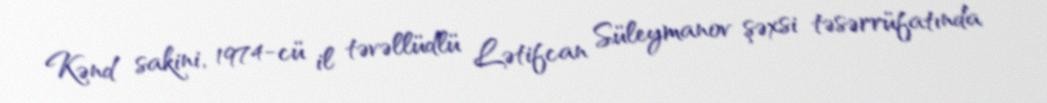
Kənd sakini, 1974-cü il təvəllüdlü Lətifcan Süleymanov şəxsi təsərrüfatında